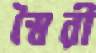
স্বৈরী